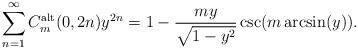
LaTeX: \begin{align*}\sum_{n=1}^{\infty} C_{m}^{\mathrm{alt}}(0,2n)y^{2n}=1-\frac{my}{\sqrt{1-y^2}}\csc(m\arcsin(y)).\end{align*}